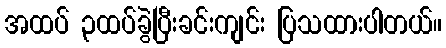
အထပ် ၃ထပ်ခွဲပြီးခင်းကျင်း ပြသထားပါတယ်။